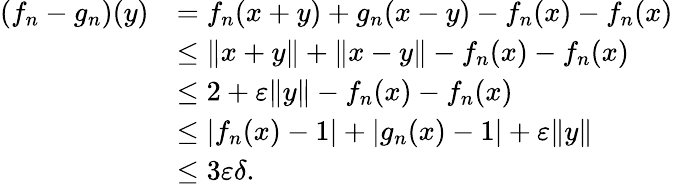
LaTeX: \begin{array}{rl}{(f_{n}-g_{n})(y)}&{=f_{n}(x+y)+g_{n}(x-y)-f_{n}(x)-f_{n}(x)}\\ &{\le\| x+y\| +\| x-y\| -f_{n}(x)-f_{n}(x)}\\ &{\le 2+\varepsilon\| y\| -f_{n}(x)-f_{n}(x)}\\ &{\le|f_{n}(x)-1|+|g_{n}(x)-1|+\varepsilon\| y\| }\\ &{\le 3\varepsilon\delta.}\end{array}